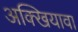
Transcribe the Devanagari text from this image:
अक्खियावा